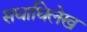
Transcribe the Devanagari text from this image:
सधाधिलेख